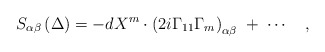
\begin{align*}S_{\alpha \beta }\left( \Delta \right) =-dX^m\cdot \left(2i\Gamma _{11}\Gamma _m\right) _{\alpha \beta }\;+\;\cdots \quad ,\end{align*}